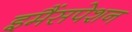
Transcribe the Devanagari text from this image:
इमैंसपेशन